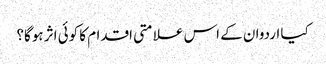
کیا اردوان کے اس علامتی اقدام کا کوئی اثر ہوگا؟